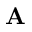
\bf { A }